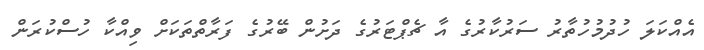
އެއްކަލަ ހުދުމުހުތާރު ސަރުކާރުގެ އާ ޗެޕްޓަރުގެ ދަށުން ބޭރުގެ ފަރާތްތަކަށް ވިއްކާ ހުސްކުރަން